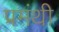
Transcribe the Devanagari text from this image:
प्रमंथी